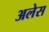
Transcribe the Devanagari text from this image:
अलेस